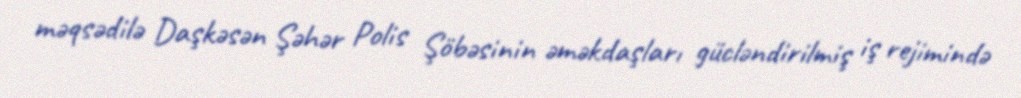
məqsədilə Daşkəsən Şəhər Polis Şöbəsinin əməkdaşları gücləndirilmiş iş rejimində